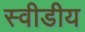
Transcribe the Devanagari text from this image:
स्वीडीय